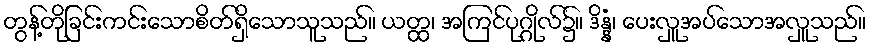
တွန့်တိုခြင်းကင်းသောစိတ်ရှိသောသူသည်။ ယတ္ထ၊ အကြင်ပုဂ္ဂိုလ်၌။ ဒိန္နံ၊ ပေးလှူအပ်သောအလှူသည်။